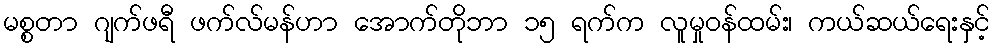
မစ္စတာ ဂျက်ဖရီ ဖက်လ်မန်ဟာ အောက်တိုဘာ ၁၅ ရက်က လူမှုဝန်ထမ်း၊ ကယ်ဆယ်ရေးနှင့်